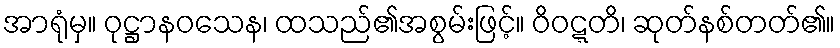
အာရုံမှ။ ဝုဋ္ဌာနဝသေန၊ ထသည်၏အစွမ်းဖြင့်။ ဝိဝဋ္ဋတိ၊ ဆုတ်နစ်တတ်၏။